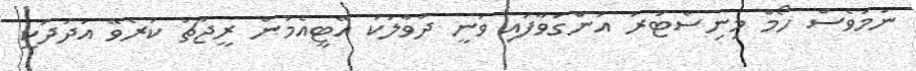
ނަމަވެސް ހޯމް މިނިސްޓަރު އަންގަވާފައި ވަނީ ދުވާލަކު އޭޓީއެމުން ރީޖާޗު ކުރެވޭ އަދަދަކީ